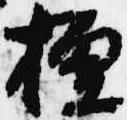
檀